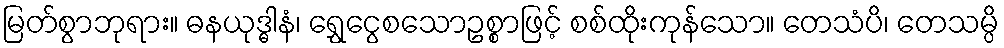
မြတ်စွာဘုရား။ ဓနယုဒ္ဓါနံ၊ ရွှေငွေစသောဥစ္စာဖြင့် စစ်ထိုးကုန်သော။ တေသံပိ၊ တေသမ္ပိ